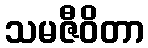
သမဇီဝိတာ